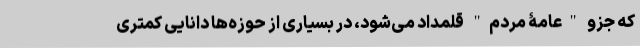
که جزو "عامۀ مردم" قلمداد می‌شود، در بسیاری از حوزه‌ها دانایی کمتری